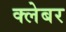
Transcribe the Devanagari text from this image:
क्लेबर